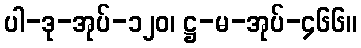
ပါ-ဒု-အုပ်-၁၂၀၊ ဋ္ဌ-မ-အုပ်-၄၆၆။